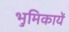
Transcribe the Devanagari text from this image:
भुमिकायें